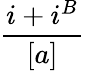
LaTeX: \frac{i+i^{B}}{[a]}